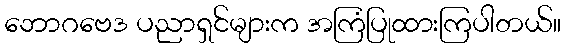
ဘောဂဗေဒ ပညာရှင်များက အကြံပြုထားကြပါတယ်။